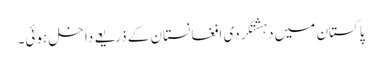
پاکستان میں دہشتگردی افغانستان کے ذریعے داخل ہوئی۔